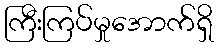
ကြီးကြပ်မှုအောက်ရှိ